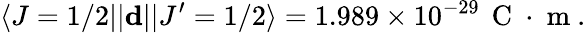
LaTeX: \langle J=1/2||\mathbf{d}||J^{\prime}=1/2\rangle=1.989\times 10^{-29}\, \mathrm{~C~}\cdot\mathrm{~m~}.